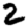
Digit: 2